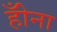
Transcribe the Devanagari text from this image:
होँना